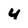
Character: 4